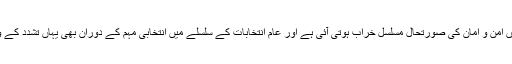
بلوچستان میں حالیہ برسوں میں امن و امان کی صورتحال مسلسل خراب ہوتی آئی ہے اور عام انتخابات کے سلسلے میں انتخابی مہم کے دوران بھی یہاں تشدد کے واقعات رونما ہوتے رہے ہیں۔